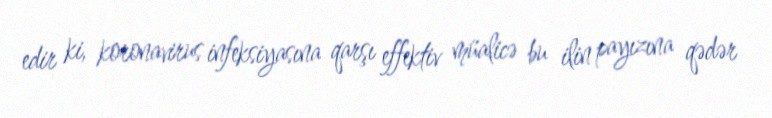
edir ki, koronavirus infeksiyasına qarşı effektiv müalicə bu ilin payızına qədər